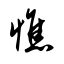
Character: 憔